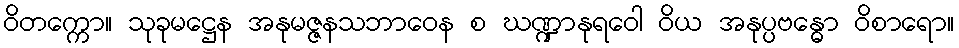
ဝိတက္ကော။ သုခုမဋ္ဌေန အနုမဇ္ဇနသဘာဝေန စ ဃဏ္ဍာနုရဝေါ ဝိယ အနုပ္ပဗန္ဓော ဝိစာရော။